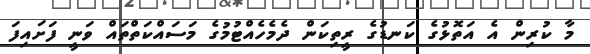
މާ ކުރިން އެ އަތޮޅުގެ ކަނޑުގެ ރީތިކަން ދެމެހެއްޓުމުގެ މަސައްކަތްތައް ވަނީ ފަށައިފަ